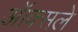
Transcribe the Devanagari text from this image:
ऑक्सले